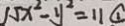
1 5 x ^ { 2 } - y ^ { 2 } = 1 1 \textcircled { 1 }